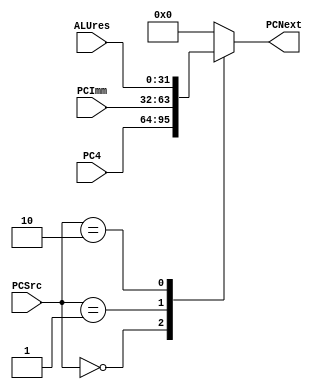
module PC_mux(PCSrc, PC4, PCImm, ALUres, PCNext);
    input [1:0] PCSrc;
    input [31:0] PC4, PCImm, ALUres;
    output reg [31:0] PCNext;
    always @(PCSrc, PC4, PCImm, ALUres) begin
        case (PCSrc)
            2'b00: PCNext = PC4;
            2'b01: PCNext = PCImm;
            2'b10: PCNext = ALUres;
            default: PCNext = 32'd0;
        endcase
    end
endmodule